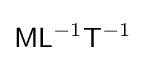
{\mathsf {M}}{\mathsf {L}}^{-1}{\mathsf {T}}^{-1}